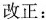
改正：